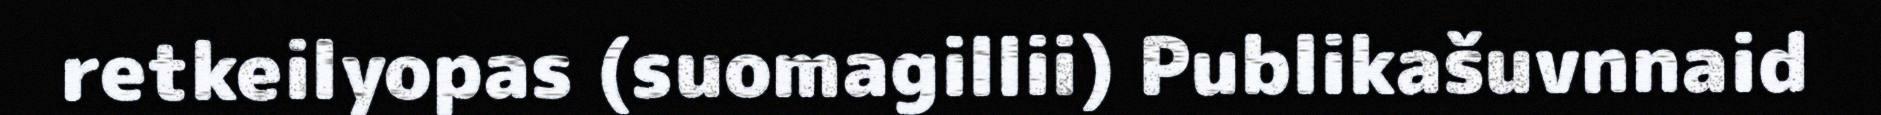
retkeilyopas (suomagillii) Publikašuvnnaid